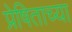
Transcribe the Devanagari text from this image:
प्रेषिताच्या